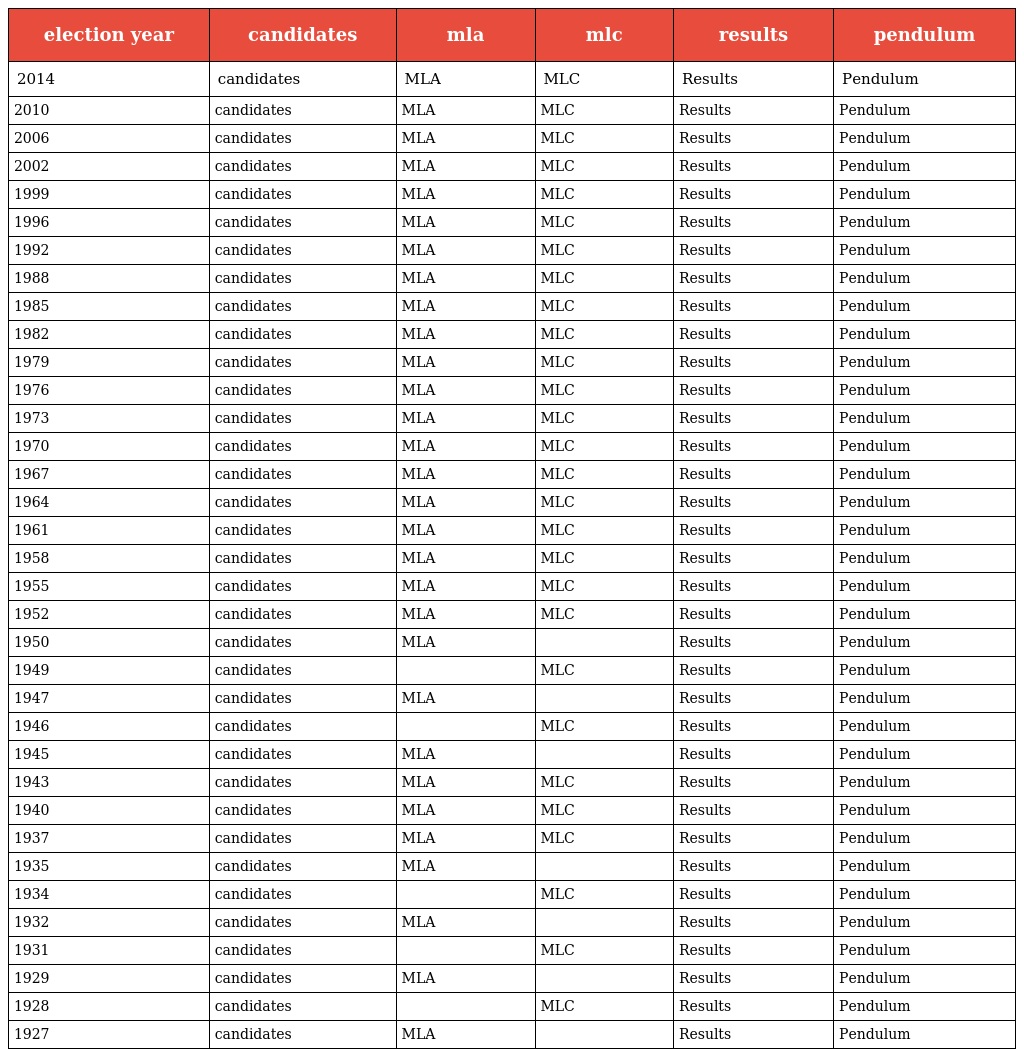
| election year | candidates | mla | mlc | results | pendulum |
 | --- | --- | --- | --- | --- | --- |
 | 2014 | candidates | MLA | MLC | Results | Pendulum |
 | 2010 | candidates | MLA | MLC | Results | Pendulum |
 | 2006 | candidates | MLA | MLC | Results | Pendulum |
 | 2002 | candidates | MLA | MLC | Results | Pendulum |
 | 1999 | candidates | MLA | MLC | Results | Pendulum |
 | 1996 | candidates | MLA | MLC | Results | Pendulum |
 | 1992 | candidates | MLA | MLC | Results | Pendulum |
 | 1988 | candidates | MLA | MLC | Results | Pendulum |
 | 1985 | candidates | MLA | MLC | Results | Pendulum |
 | 1982 | candidates | MLA | MLC | Results | Pendulum |
 | 1979 | candidates | MLA | MLC | Results | Pendulum |
 | 1976 | candidates | MLA | MLC | Results | Pendulum |
 | 1973 | candidates | MLA | MLC | Results | Pendulum |
 | 1970 | candidates | MLA | MLC | Results | Pendulum |
 | 1967 | candidates | MLA | MLC | Results | Pendulum |
 | 1964 | candidates | MLA | MLC | Results | Pendulum |
 | 1961 | candidates | MLA | MLC | Results | Pendulum |
 | 1958 | candidates | MLA | MLC | Results | Pendulum |
 | 1955 | candidates | MLA | MLC | Results | Pendulum |
 | 1952 | candidates | MLA | MLC | Results | Pendulum |
 | 1950 | candidates | MLA |  | Results | Pendulum |
 | 1949 | candidates |  | MLC | Results | Pendulum |
 | 1947 | candidates | MLA |  | Results | Pendulum |
 | 1946 | candidates |  | MLC | Results | Pendulum |
 | 1945 | candidates | MLA |  | Results | Pendulum |
 | 1943 | candidates | MLA | MLC | Results | Pendulum |
 | 1940 | candidates | MLA | MLC | Results | Pendulum |
 | 1937 | candidates | MLA | MLC | Results | Pendulum |
 | 1935 | candidates | MLA |  | Results | Pendulum |
 | 1934 | candidates |  | MLC | Results | Pendulum |
 | 1932 | candidates | MLA |  | Results | Pendulum |
 | 1931 | candidates |  | MLC | Results | Pendulum |
 | 1929 | candidates | MLA |  | Results | Pendulum |
 | 1928 | candidates |  | MLC | Results | Pendulum |
 | 1927 | candidates | MLA |  | Results | Pendulum |